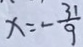
x = - \frac { 3 1 } { 9 }